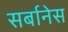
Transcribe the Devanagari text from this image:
सर्बानेस